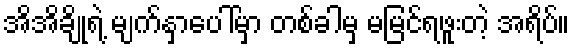
အိအိချိုရဲ့ မျက်နှာပေါ်မှာ တစ်ခါမှ မမြင်ရဖူးတဲ့ အရိပ်။